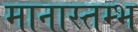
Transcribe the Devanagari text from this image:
मानास्तम्भ